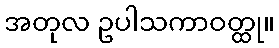
အတုလ ဥပါသကာဝတ္ထု။